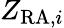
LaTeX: Z_{{\mathrm{RA}},i}